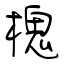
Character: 槐